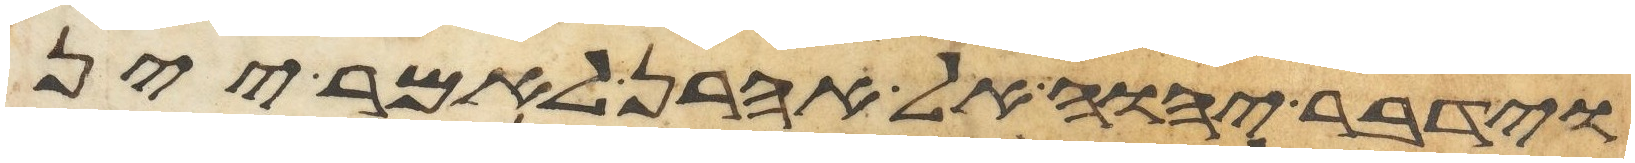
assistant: וידבר יהוה אל אהרן לאמר יין